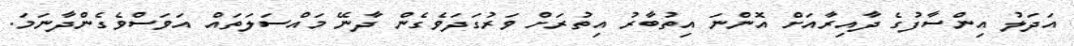
އަދަލު އިންސާފުގެ ދާއިރާއަށް އޮންނަ އިތުބާރު އިތުރަށް ވަރުގަދަވެގެން ދާނޭ މައްސަލަތައް އަވަސްވެގެންދާނަމަ.